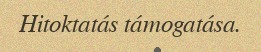
Hitoktatás támogatása.